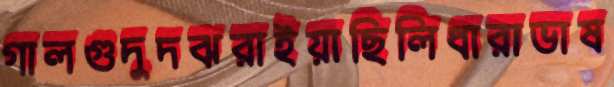
গালগুদুদঝরাইয়াছিলিধারাভাষ